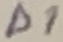
Text: D1